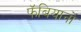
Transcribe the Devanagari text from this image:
फॅबियानो